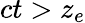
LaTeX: ct>z_{e}